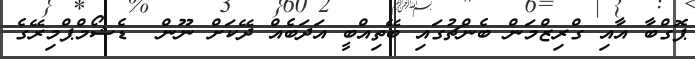
ޕޮގްބާ އާއި ގްރިޒްމަން ބެންޗުގައި ބޭތިއްބީ އަދަބެއް ދޭކަށް ނޫން  ޑެޝޯމްޕްމިރޭގެ